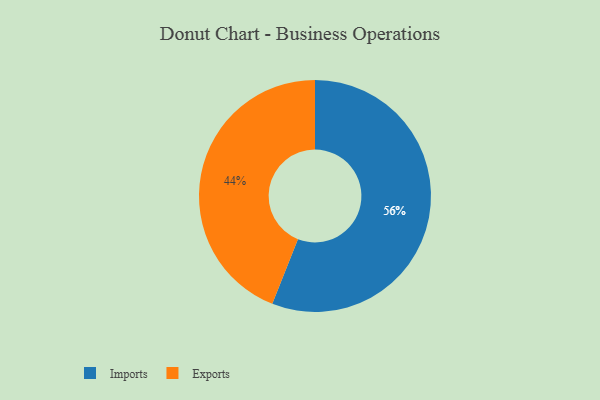
{"axis": {"x": "Category", "y": "Percentage"}, "legend": ["Exports", "Imports"], "data": [{"x": "Exports", "y": 44, "type": "Exports"}, {"x": "Imports", "y": 56, "type": "Imports"}]}